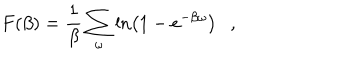
F ( \beta ) = { \frac { 1 } { \beta } } \sum _ { \omega } \ln \left( 1 - e ^ { - \beta \omega } \right) ,